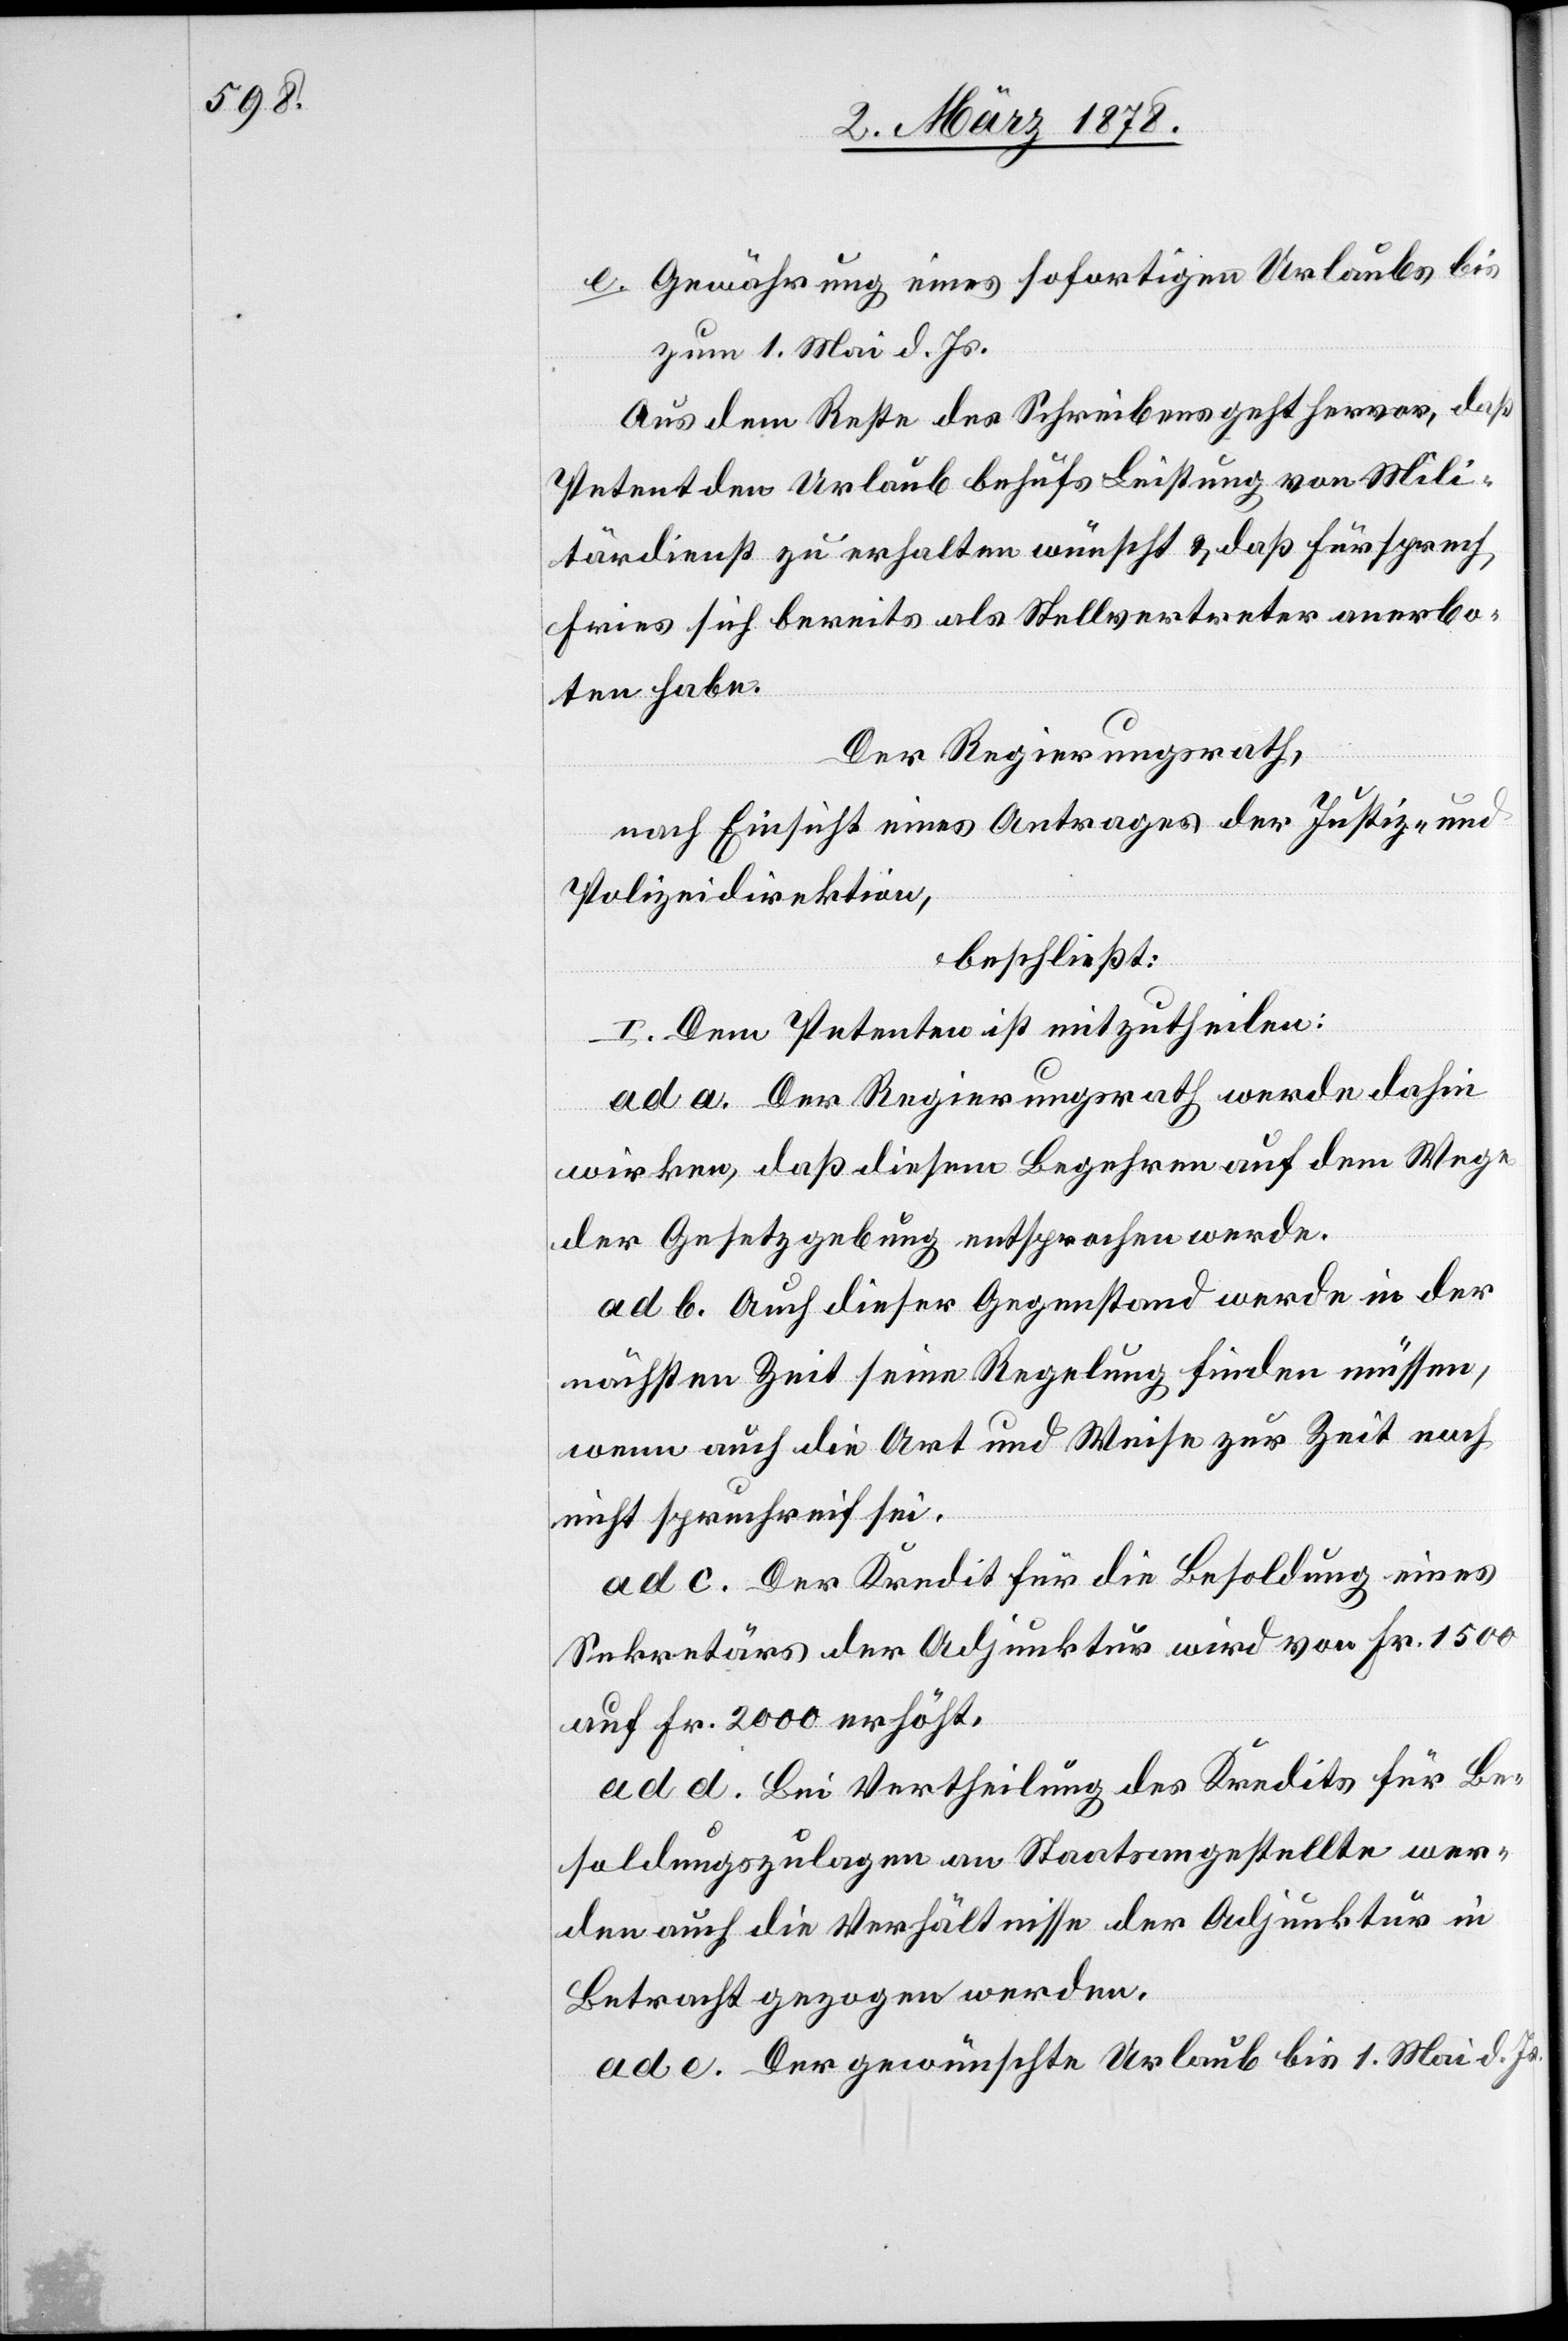
Gewährung eines sofortigen Urlaubes bis
zum 1. Mai d. Js.
Aus dem Reste des Schreibens geht hervor, daß
Petent den Urlaub behufs Leistung von Mili¬
tärdienst zu erhalten wünscht & daß Fürsprech
Fries sich bereits als Stellvertreter anerbo¬
ten habe.
Der Regierungsrath,
nach Einsicht eines Antrages der Justiz- und
Polizeidirektion,
beschließt:
I. Dem Petenten ist mitzutheilen:
ad a. Der Regierungsrath werde dahin
wirken, daß diesem Begehren auf dem Wege
der Gesetzgebung entsprochen werde.
ad b. Auch dieser Gegenstand werde in der
nächsten Zeit seine Regelung finden müssen,
wenn auch die Art und Weise zur Zeit noch
nicht spruchreif sei.
ad c. Der Kredit für die Besoldung eines
Sekretärs der Adjunktur wird von Fr. 1500
auf Fr. 2000 erhöht.
ad d. Bei Vertheilung des Kredits für Be¬
soldungszulagen an Staatsangestellte wer¬
den auch die Verhältnisse der Adjunktur in
Betracht gezogen werden.
ad e. Der gewünschte Urlaub bis 1. Mai d. Js.